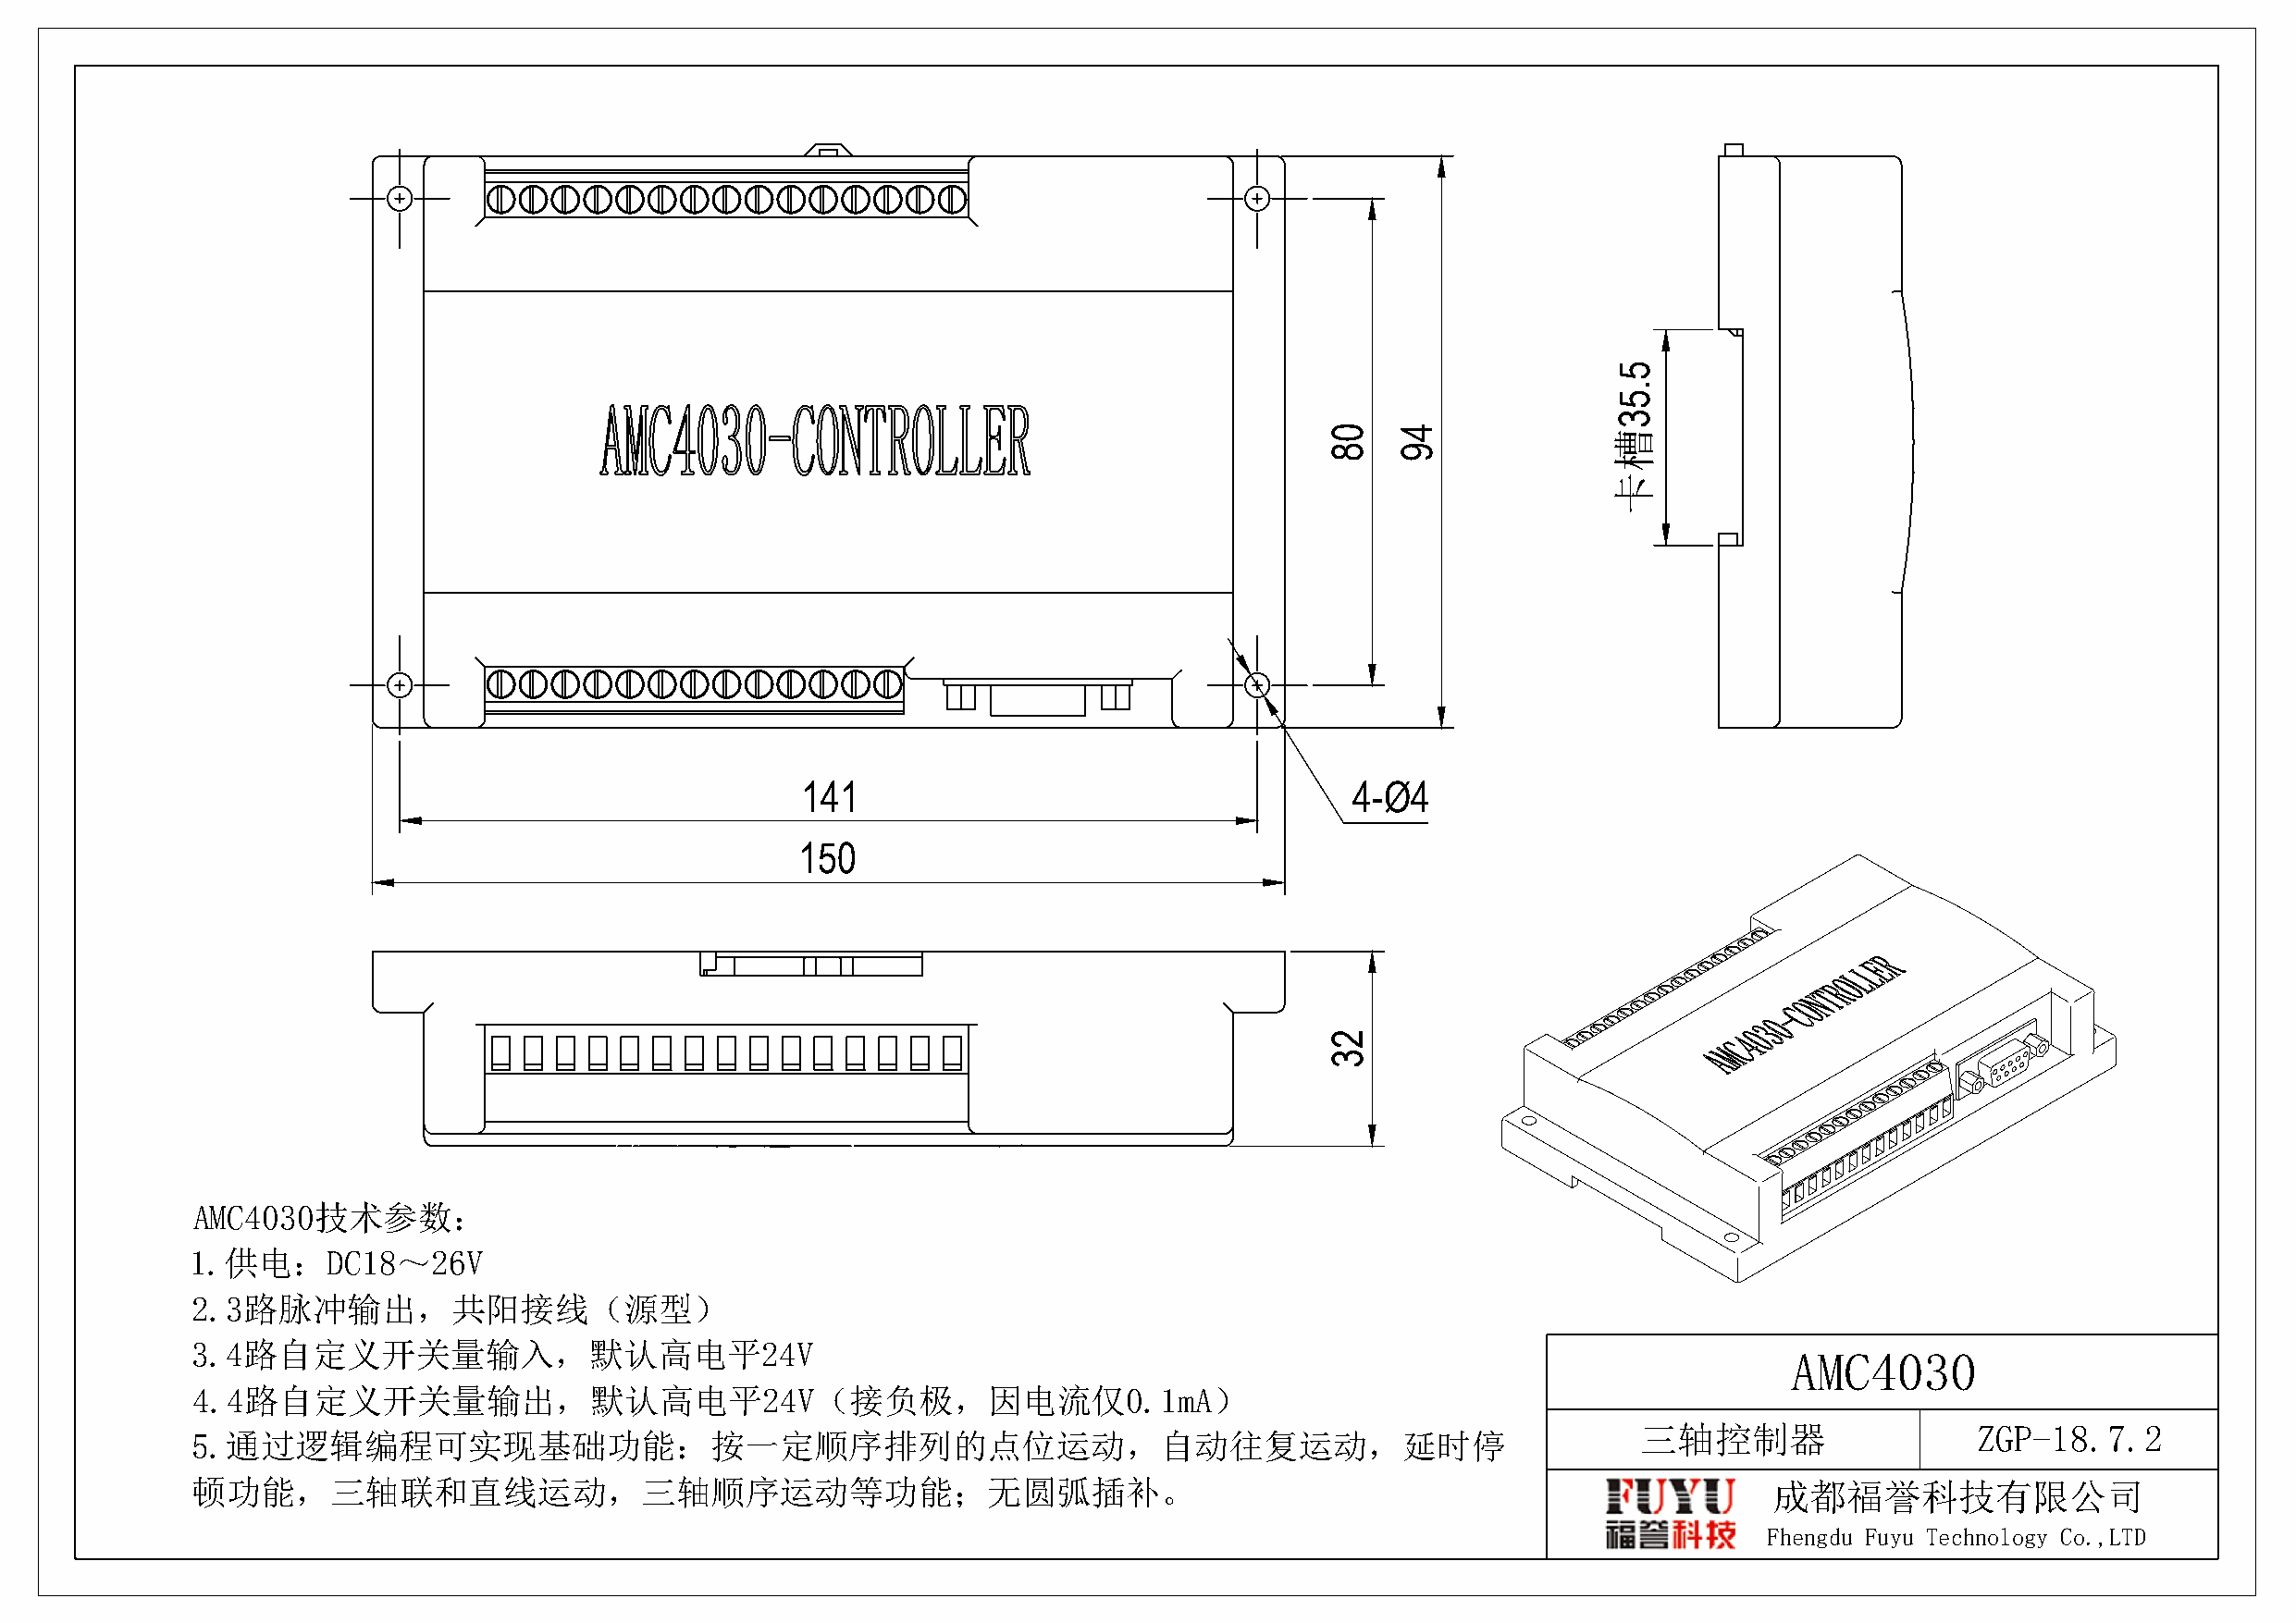
141                                     4-Ø4
 150
 AMC4030技术参数：
 1.供电：DC18～26V
 2.3路脉冲输出，共阳接线（源型）
 3.4路自定义开关量输入，默认高电平24V
 AMC4030
 4.4路自定义开关量输出，默认高电平24V（接负极，因电流仅0.1mA）
 三轴控制器                   ZGP-18.7.2
 5.通过逻辑编程可实现基础功能：按一定顺序排列的点位运动，自动往复运动，延时停
 顿功能，三轴联和直线运动，三轴顺序运动等功能；无圆弧插补。                                                                                    成都福誉科技有限公司
 Fhengdu Fuyu Technology Co.,LTD
 08
 23
 49
 5.53槽卡